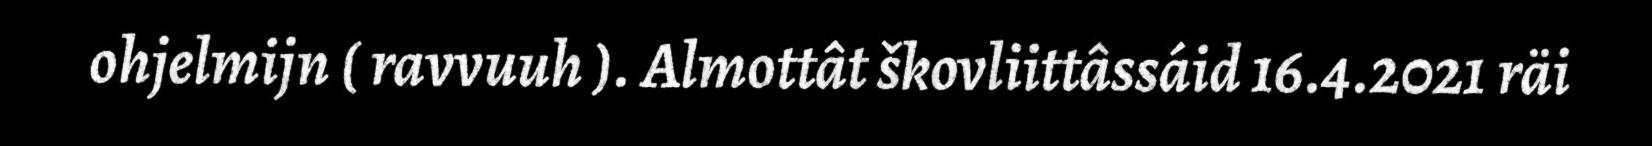
ohjelmijn ( ravvuuh ). Almottât škovliittâssáid 16.4.2021 räi